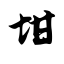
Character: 坩